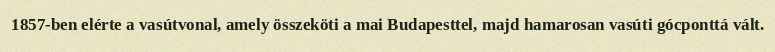
1857-ben elérte a vasútvonal, amely összeköti a mai Budapesttel, majd hamarosan vasúti gócponttá vált.